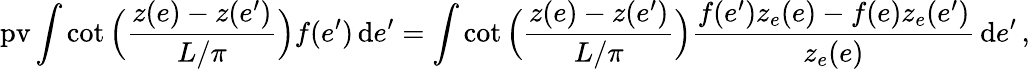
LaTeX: \mathrm{pv}\int\cot\Big(\frac{z(e)-z(e^{\prime})}{L/\pi}\Big)f(e^{\prime})\, \mathrm{d}e^{\prime}=\int\cot\Big(\frac{z(e)-z(e^{\prime})}{L/\pi}\Big)\frac{f(e^{\prime})z_{e}(e)-f(e)z_{e}(e^{\prime})}{z_{e}(e)}\, \mathrm{d}e^{\prime}\, ,